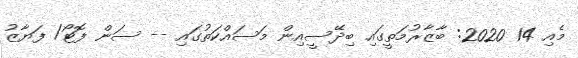
މެއި 14 2020: ބާޒާރުމަތީގައި ބިދޭސީއިން މަސައްކަތުގައި -- ސަން ފޮޓޯ/ ފަޔާޒު